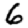
Digit: 6